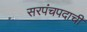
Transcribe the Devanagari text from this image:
सरपंचपदाची